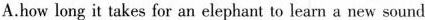
A.how long it takes for an elephant to learn a new sound